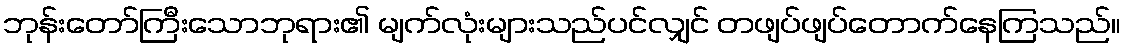
ဘုန်းတော်ကြီးသောဘုရား၏ မျက်လုံးများသည်ပင်လျှင် တဖျပ်ဖျပ်တောက်နေကြသည်။